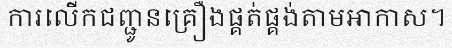
ការលើកជញ្ជូនគ្រឿងផ្គត់ផ្គង់តាមអាកាស។